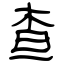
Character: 查